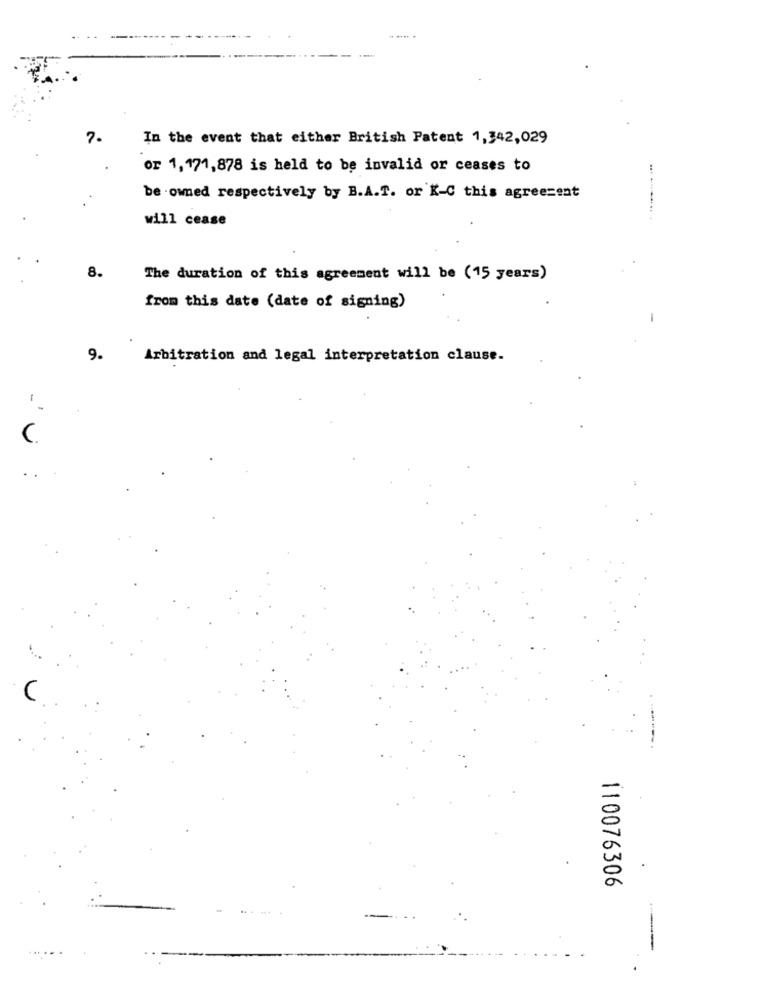
7.
In the event that either British Patent 1,342,029
or 1,171,878 is held to be invalid or ceases to
be owned respectively by B.A.T. or K-C this agreement
will cease
. ........
8.
The duration of this agreement will be (15 years)
from this date (date of signing)
9.
Arbitration and legal interpretation clause.
- v
110076306